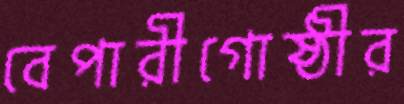
বেপারীগোষ্ঠীর